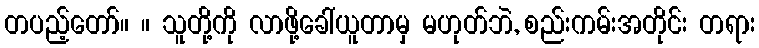
တပည့်တော်။ ။ သူတို့ကို လာဖို့ခေါ်ယူတာမှ မဟုတ်ဘဲ, စည်းကမ်းအတိုင်း တရား